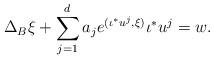
LaTeX: \begin{align*}\Delta_B\xi+\sum_{j=1}^d a_je^{(\iota^\ast u^j, \xi)}\iota^\ast u^j=w. \end{align*}